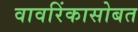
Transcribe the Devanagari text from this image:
वावरिंकासोबत